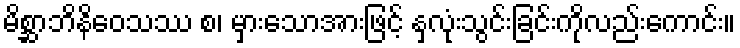
မိစ္ဆာဘိနိဝေသဿ စ၊ မှားသောအားဖြင့် နှလုံးသွင်းခြင်းကိုလည်းကောင်း။